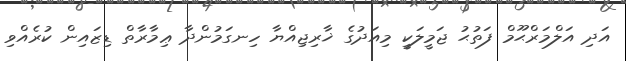
އަދި އަލްމަރްޙޫމް ފަތުޙު ޖަމީލަކީ މިއަދުގެ ޚާރިޖިއްޔާ ހިނގަމުންދާ ޢިމާރާތް ޑިޒައިން ކުރެއްވި